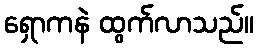
ရှောကနဲ ထွက်လာသည်။